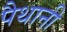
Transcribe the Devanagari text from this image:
पैथानी